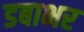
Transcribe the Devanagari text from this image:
डबाभर